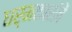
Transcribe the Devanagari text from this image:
धर्मकारांचें